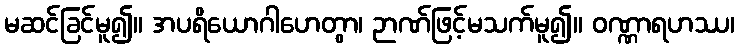
မဆင်ခြင်မူ၍။ အပရိယောဂါဟေတွာ၊ ဉာဏ်ဖြင့်မသက်မူ၍။ ဝဏ္ဏာရဟဿ၊